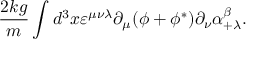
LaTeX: { \frac { 2 k g } { m } } \int d ^ { 3 } x \varepsilon ^ { \mu \nu \lambda } \partial _ { \mu } ( \phi + \phi ^ { * } ) \partial _ { \nu } \alpha _ { + \lambda } ^ { \beta } .